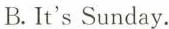
B.It's Sunday.